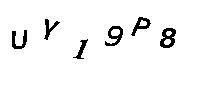
UY19P8